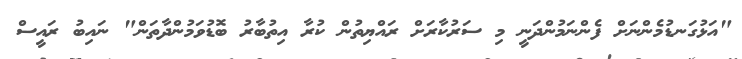
"އަޅުގަނޑުމެންނަށް ފެންނަމުންދަނީ މި ސަރުކާރަށް ރައްޔިތުން ކުރާ އިތުބާރު ބޮޑުވަމުންދާތަން" ނައިބު ރައީސް